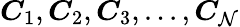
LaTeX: \boldsymbol{C}_{1},\boldsymbol{C}_{2},\boldsymbol{C}_{3},...,\boldsymbol{C}_{\mathcal{N}}